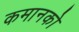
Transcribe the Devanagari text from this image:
कमानको